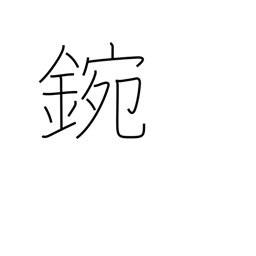
Meaning: metal bowl